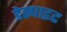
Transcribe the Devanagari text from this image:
डेस्पाइट